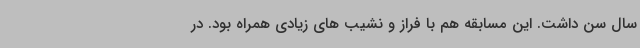
سال سن داشت. این مسابقه هم با فراز و نشیب های زیادی همراه بود. در